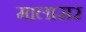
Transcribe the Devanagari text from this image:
मालासर